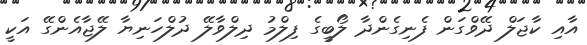
އާއި ކާޖަލް ދޭވްގަން ފެނިގެންދާ ލޯބީގެ ފިލްމު ދިލްވާލޭ ދުލްހަނިޔާ ލޭޖާއެންގޭ އަކީ